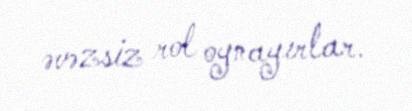
əvəzsiz rol oynayırlar.